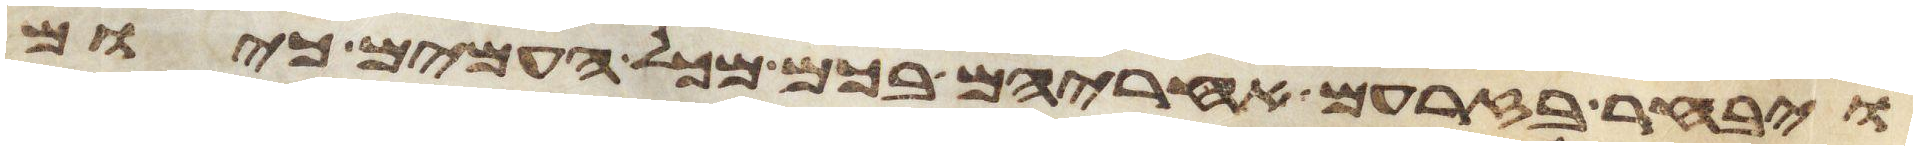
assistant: ויבחר בזרעם אחריהם בכם מכל העמים כיום